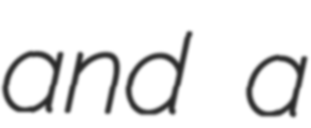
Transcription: and a